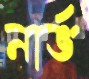
নার্ভ